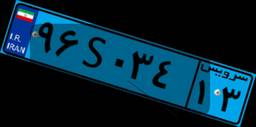
۹۶S۰۳۴۱۳